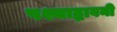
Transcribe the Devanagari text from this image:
पश्चाद्भावनी